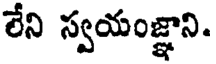
లేని స్వయంజ్ఞాని.